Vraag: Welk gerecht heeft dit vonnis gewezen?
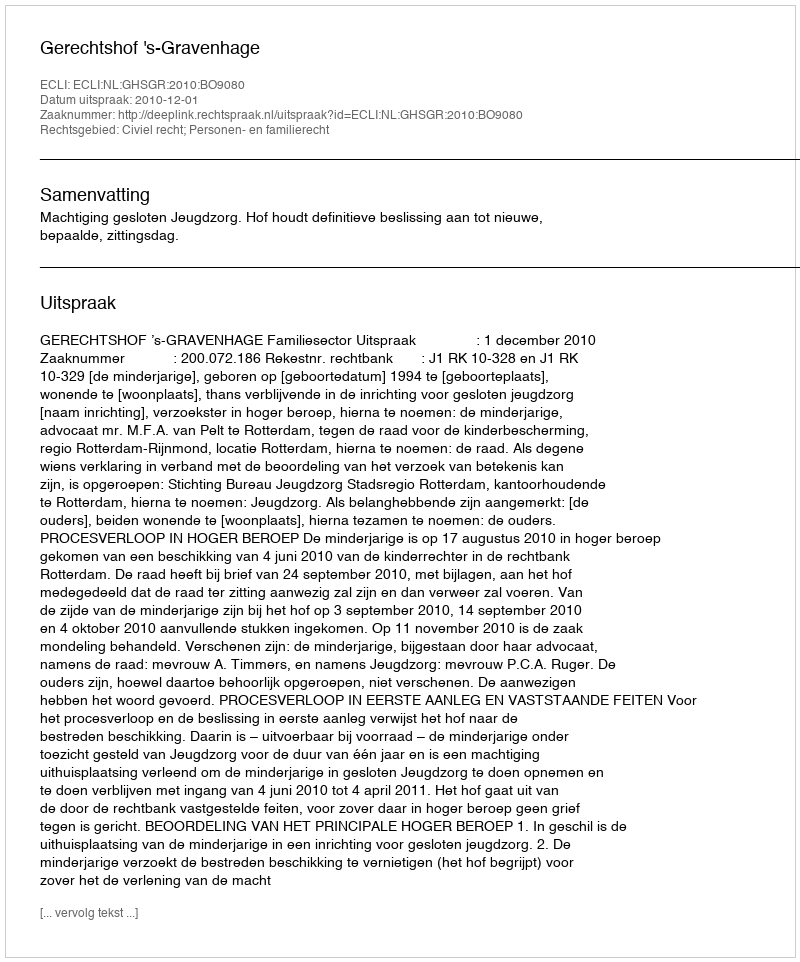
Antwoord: Gerechtshof 's-Gravenhage